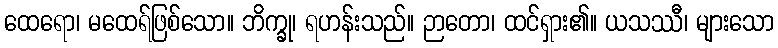
ထေရော၊ မထေရ်ဖြစ်သော။ ဘိက္ခု၊ ရဟန်းသည်။ ဉာတော၊ ထင်ရှား၏။ ယသဿီ၊ များသော